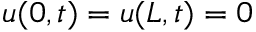
u ( 0 , t ) = u ( L , t ) = 0